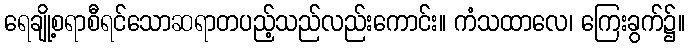
ရေချို့စရာစီရင်သောဆရာတပည့်သည်လည်းကောင်း။ ကံသထာလေ၊ ကြေးခွက်၌။